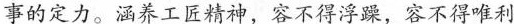
事的定力。涵养工匠精神，容不得浮躁，容不得唯利